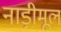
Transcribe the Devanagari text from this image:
नाड़ीमूल